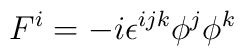
F^i=-i\epsilon^{ijk}\phi^j\phi^k